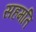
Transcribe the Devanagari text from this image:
सहमति